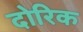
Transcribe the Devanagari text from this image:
दोरिक